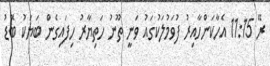
ރޭ 11:15 އެހާކަންހާއިރު ފުވަމުލަކުގައު ވަނީ ތޫނު ހަތިޔާރު ހިފައިގެން ބަޔަކު ބޮޑު